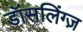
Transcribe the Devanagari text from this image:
डॉसलिंग्ज़